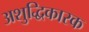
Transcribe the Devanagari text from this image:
अशुद्धिकारक